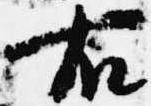
右